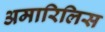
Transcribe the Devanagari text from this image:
अमारिलिस